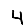
Digit: 4